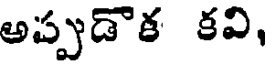
అప్పుడొక కవి,